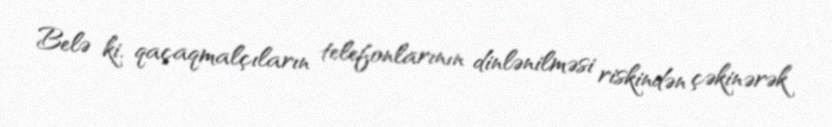
Belə ki, qaçaqmalçıların telefonlarının dinlənilməsi riskindən çəkinərək